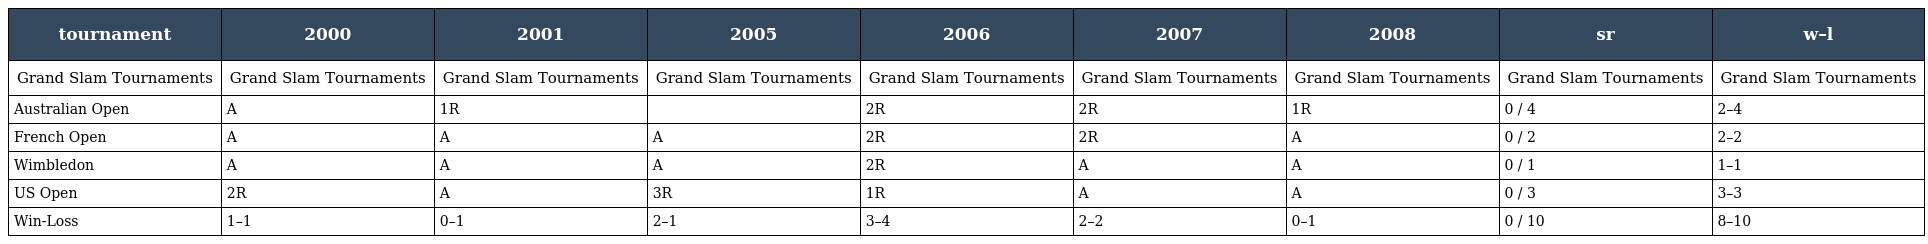
| tournament | 2000 | 2001 | 2005 | 2006 | 2007 | 2008 | sr | w–l |
 | --- | --- | --- | --- | --- | --- | --- | --- | --- |
 | Grand Slam Tournaments | Grand Slam Tournaments | Grand Slam Tournaments | Grand Slam Tournaments | Grand Slam Tournaments | Grand Slam Tournaments | Grand Slam Tournaments | Grand Slam Tournaments | Grand Slam Tournaments |
 | Australian Open | A | 1R |  | 2R | 2R | 1R | 0 / 4 | 2–4 |
 | French Open | A | A | A | 2R | 2R | A | 0 / 2 | 2–2 |
 | Wimbledon | A | A | A | 2R | A | A | 0 / 1 | 1–1 |
 | US Open | 2R | A | 3R | 1R | A | A | 0 / 3 | 3–3 |
 | Win-Loss | 1–1 | 0–1 | 2–1 | 3–4 | 2–2 | 0–1 | 0 / 10 | 8–10 |